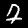
Label: 7